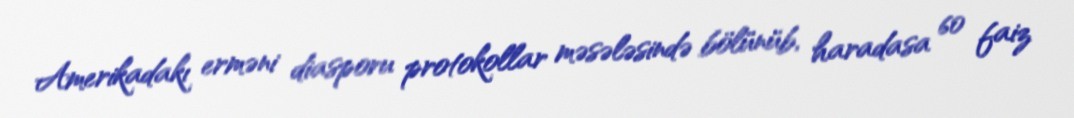
Amerikadakı erməni diasporu protokollar məsələsində bölünüb, haradasa 60 faiz